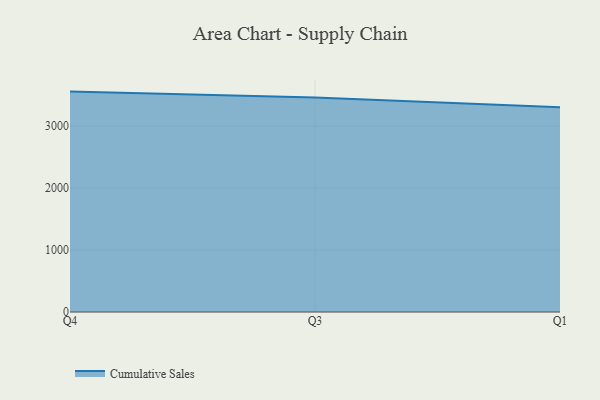
{"axis": {"x": "Quarter", "y": "Gross Profit (USD K)"}, "legend": ["Cumulative Sales"], "data": [{"x": "Q4", "y": 3559.3, "type": "Cumulative Sales"}, {"x": "Q3", "y": 3463.4, "type": "Cumulative Sales"}, {"x": "Q1", "y": 3306.4, "type": "Cumulative Sales"}]}